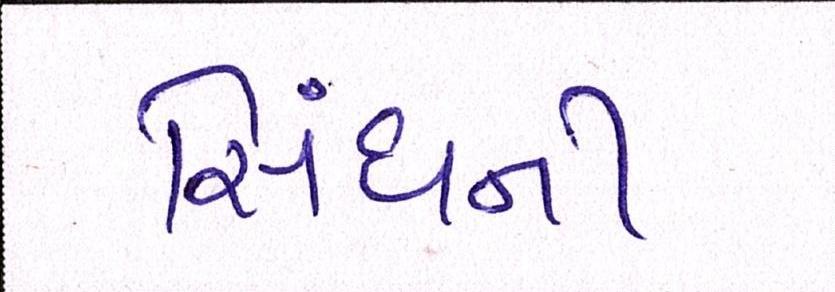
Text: સિંઘની